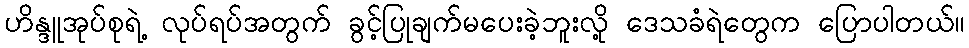
ဟိန္ဒူအုပ်စုရဲ့ လုပ်ရပ်အတွက် ခွင့်ပြုချက်မပေးခဲ့ဘူးလို့ ဒေသခံရဲတွေက ပြောပါတယ်။